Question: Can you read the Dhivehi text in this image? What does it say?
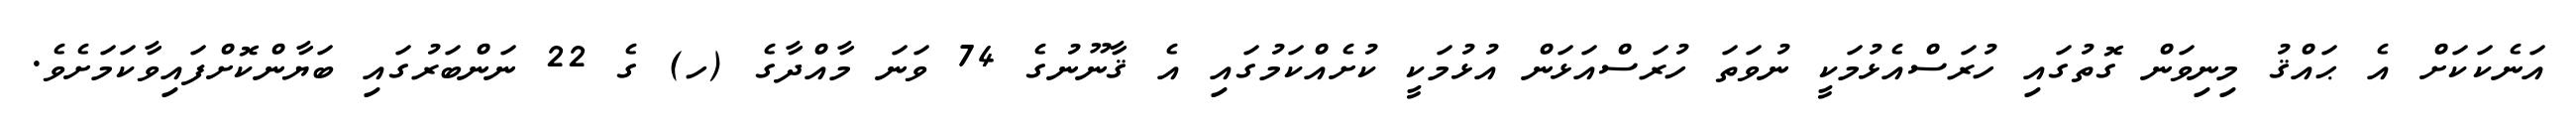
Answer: އަނެކަކަށް އެ ޙައްޤު މިނިވަން ގޮތުގައި ހުރަސްއެޅުމަކީ ނުވަތަ ހުރަސްއަޅަން އުޅުމަކީ ކުށެއްކަމުގައި އެ ޤާނޫނުގެ 74 ވަނަ މާއްދާގެ (ހ) ގެ 22 ނަންބަރުގައި ބަޔާންކޮށްފައިވާކަމަށެވެ.